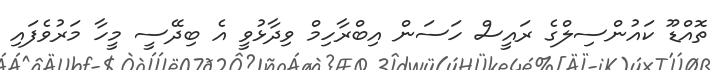
ތޮއްޑޫ ކައުންސިލްގެ ރައީސް ހަސަން އިބްރާހިމް ވިދާޅުވީ އެ ބިދޭސީ މީހާ މަރުވެފައި